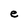
Character: e